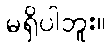
မရှိပါဘူး။